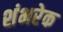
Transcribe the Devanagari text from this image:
शंभरेक